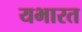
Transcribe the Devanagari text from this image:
यभारत